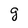
Character: g